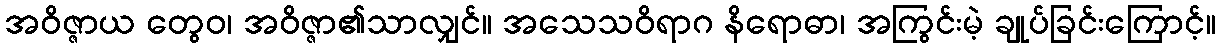
အဝိဇ္ဇာယ တွေဝ၊ အဝိဇ္ဇာ၏သာလျှင်။ အသေသဝိရာဂ နိရောဓာ၊ အကြွင်းမဲ့ ချုပ်ခြင်းကြောင့်။